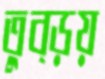
তুব্‌ড়য়